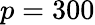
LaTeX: p=300